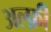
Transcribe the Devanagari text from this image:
अल्फ़ी